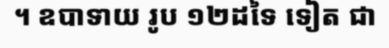
។ ឧបាទាយ រូប ១២ដទៃ ទៀត ជា